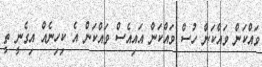
ވައްކަން ވައްކަން ހުސް ވައްކަން އައިއެސް ވައްކަން އެ ކިހިނެއް އިގެނީ ތީ